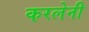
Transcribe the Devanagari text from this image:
करलेनी